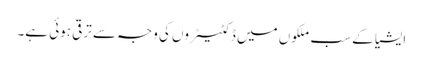
ایشیا کے سب ملکوں میں ڈکٹیٹروں کی وجہ سے ترقی ہوئی ہے۔